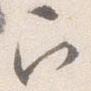
召